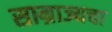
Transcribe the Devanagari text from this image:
साम्राज्यचा